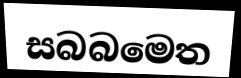
සබබමෙත